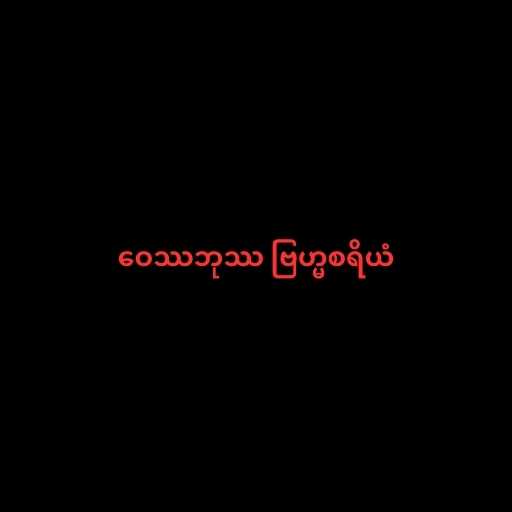
ဝေဿဘုဿ ဗြဟ္မစရိယံ